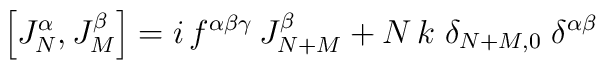
\left[ J_N^\alpha ,J_M^\beta \right]  =i\,f^{\alpha \beta \gamma}\,J_{N+M}^\beta +N\,k\;\delta _{N+M,0}\;\delta ^{\alpha \beta }